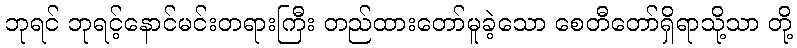
ဘုရင် ဘုရင့်နောင်မင်းတရားကြီး တည်ထားတော်မူခဲ့သော စေတီတော်ရှိရာသို့သာ တို့